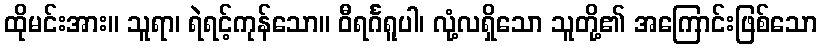
ထိုမင်းအား။ သူရာ၊ ရဲရင့်ကုန်သော။ ဝီရင်္ဂရူပါ၊ လုံ့လရှိသော သူတို့၏ အကြောင်းဖြစ်သော